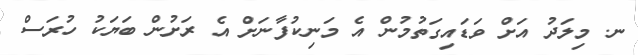
ނ. މިލަދު އަށް ވަޑައިގަތުމުން އެ މަނިކުފާނަށް އެ ރަށުން ބަޔަކު ހުރަސް